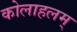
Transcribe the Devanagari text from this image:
कोलाहलम्